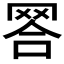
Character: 𦊪